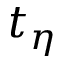
t _ { \eta }